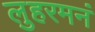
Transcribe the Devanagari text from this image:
लुहरमनं